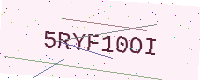
Text: 5RYF10OI